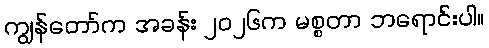
ကျွန်တော်က အခန်း ၂၀၂၆က မစ္စတာ ဘရောင်းပါ။